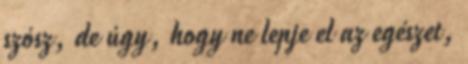
szósz, de úgy, hogy ne lepje el az egészet,